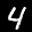
Label: 4